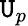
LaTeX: \mathtt{U}_{p}